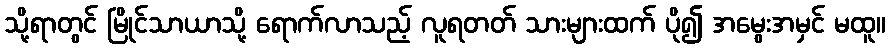
သို့ရာတွင် မြိုင်သာယာသို့ ရောက်လာသည့် လူရတတ် သားများထက် ပို၍ အမွေးအမှင် မထူ။